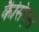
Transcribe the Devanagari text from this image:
कैसिएल